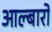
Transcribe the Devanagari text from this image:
आल्बारो